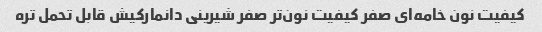
کیفیت نون خامه‌ای صفر کیفیت نون‌تر صفر شیرینی دانمارکیش قابل تحمل تره